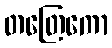
တတြေကော